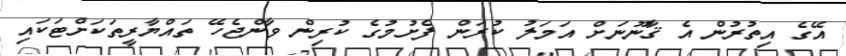
އޭގެ އިތުރުން އެ ޤާނޫނަށް އަމަލު ކުރަން ފެށުމުގެ ކުރިން ވާންޖެހޭ ތައްޔާރީތަކަށްޓަކައި